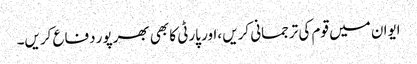
ایوان میں قوم کی ترجمانی کریں ،اور پارٹی کا بھی بھرپور دفاع کریں۔